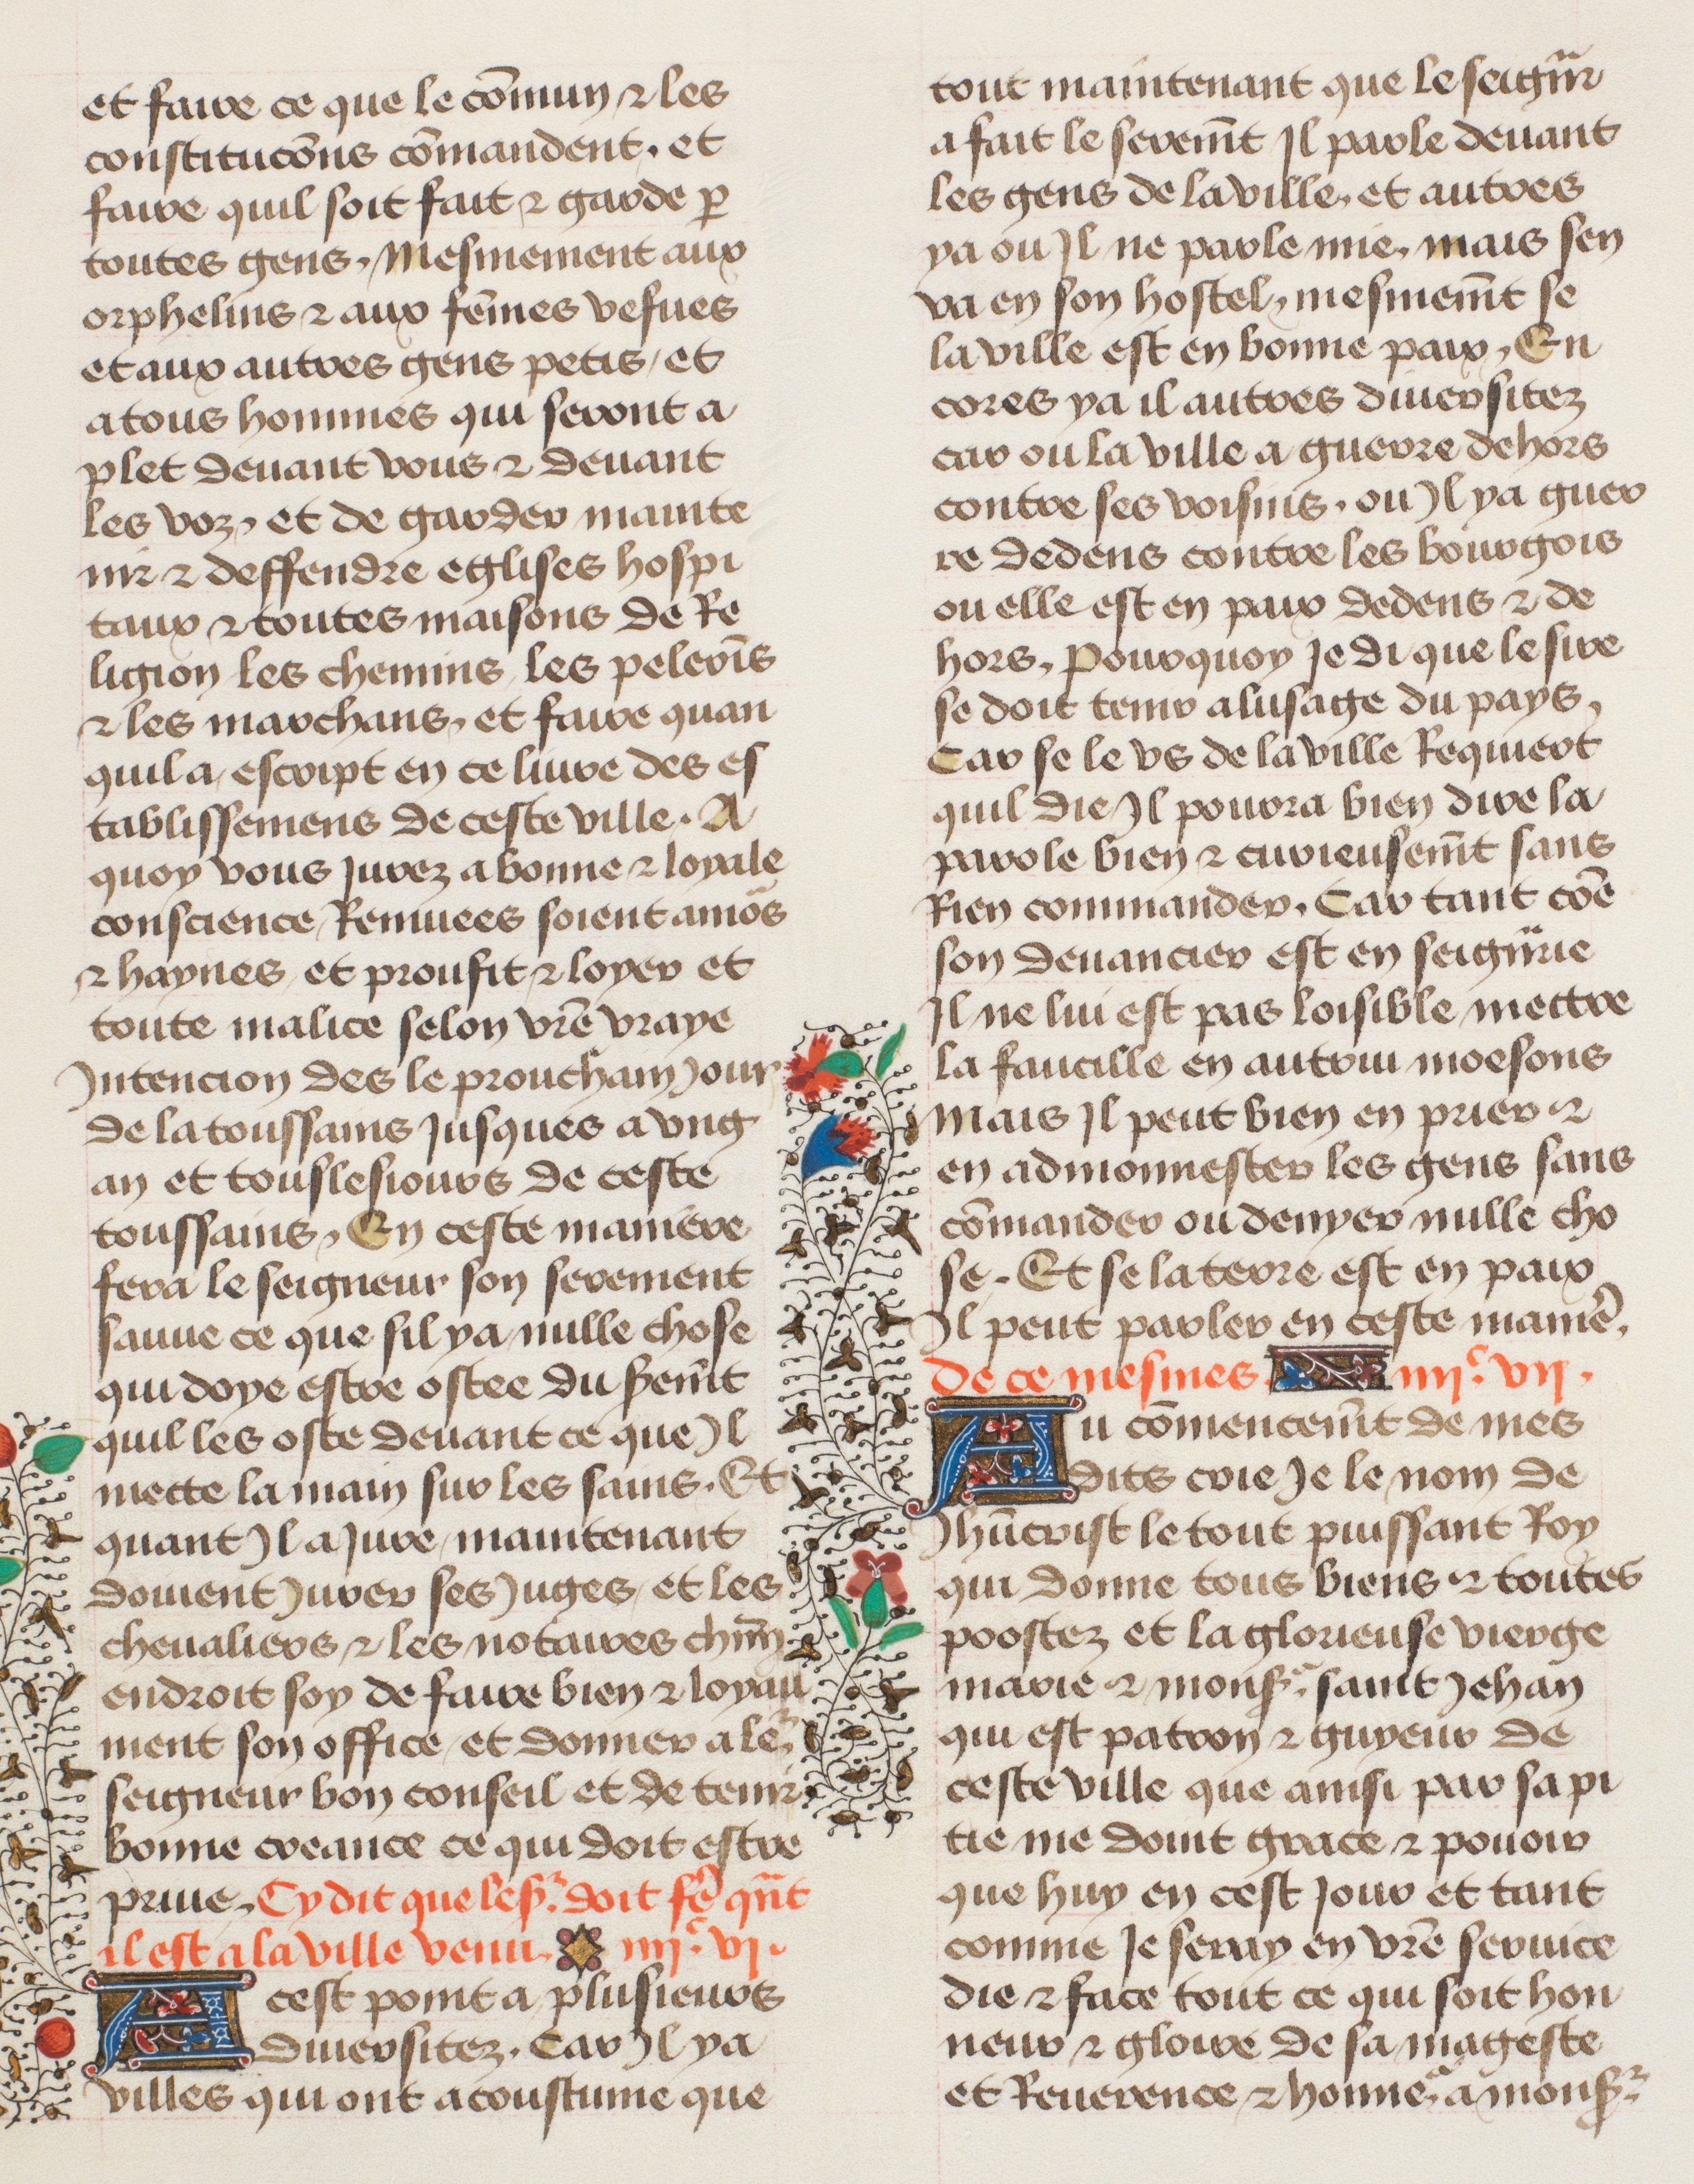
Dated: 1435–1495